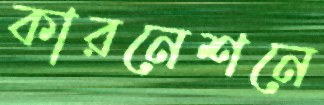
কারনেশনে